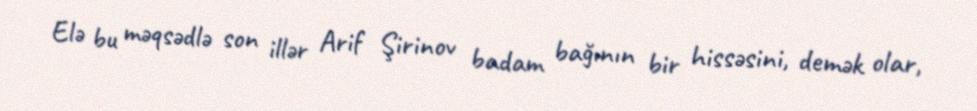
Elə bu məqsədlə son illər Arif Şirinov badam bağının bir hissəsini, demək olar,